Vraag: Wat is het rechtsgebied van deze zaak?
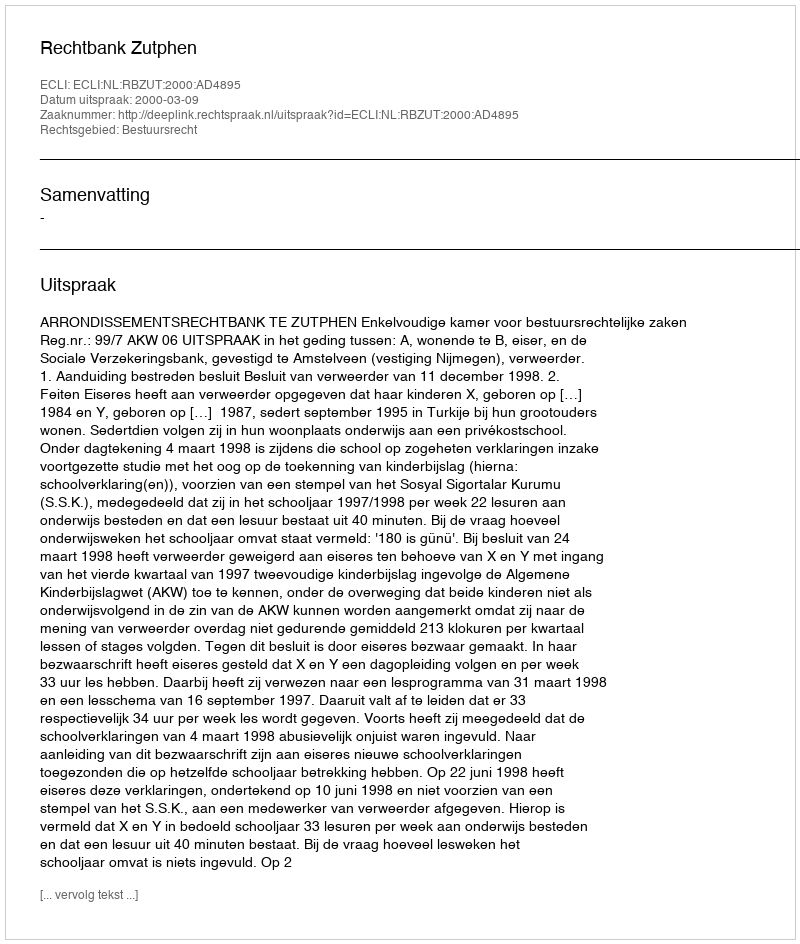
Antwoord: Bestuursrecht